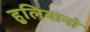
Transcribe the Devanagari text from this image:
हुलियानो